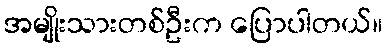
အမျိုးသားတစ်ဦးက ပြောပါတယ်။